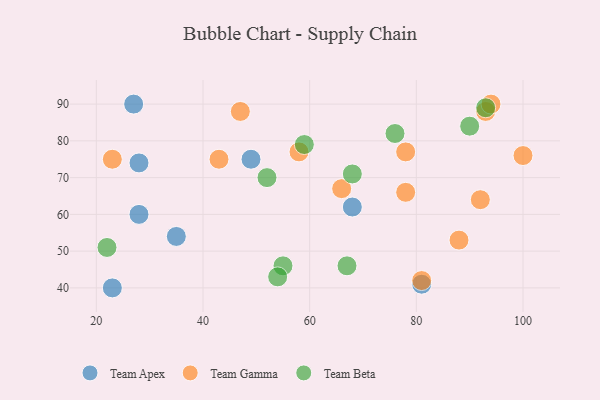
{"axis": {"x": "GDP", "y": "Life Expectancy"}, "legend": ["Team Apex", "Team Beta", "Team Gamma"], "data": [{"x": "27", "y": 90, "type": "Team Apex"}, {"x": "35", "y": 54, "type": "Team Apex"}, {"x": "23", "y": 40, "type": "Team Apex"}, {"x": "28", "y": 60, "type": "Team Apex"}, {"x": "49", "y": 75, "type": "Team Apex"}, {"x": "81", "y": 41, "type": "Team Apex"}, {"x": "68", "y": 62, "type": "Team Apex"}, {"x": "28", "y": 74, "type": "Team Apex"}, {"x": "92", "y": 64, "type": "Team Gamma"}, {"x": "78", "y": 66, "type": "Team Gamma"}, {"x": "23", "y": 75, "type": "Team Gamma"}, {"x": "78", "y": 77, "type": "Team Gamma"}, {"x": "88", "y": 53, "type": "Team Gamma"}, {"x": "81", "y": 42, "type": "Team Gamma"}, {"x": "93", "y": 88, "type": "Team Gamma"}, {"x": "47", "y": 88, "type": "Team Gamma"}, {"x": "43", "y": 75, "type": "Team Gamma"}, {"x": "94", "y": 90, "type": "Team Gamma"}, {"x": "100", "y": 76, "type": "Team Gamma"}, {"x": "58", "y": 77, "type": "Team Gamma"}, {"x": "66", "y": 67, "type": "Team Gamma"}, {"x": "93", "y": 89, "type": "Team Beta"}, {"x": "68", "y": 71, "type": "Team Beta"}, {"x": "55", "y": 46, "type": "Team Beta"}, {"x": "22", "y": 51, "type": "Team Beta"}, {"x": "59", "y": 79, "type": "Team Beta"}, {"x": "90", "y": 84, "type": "Team Beta"}, {"x": "76", "y": 82, "type": "Team Beta"}, {"x": "54", "y": 43, "type": "Team Beta"}, {"x": "52", "y": 70, "type": "Team Beta"}, {"x": "67", "y": 46, "type": "Team Beta"}]}